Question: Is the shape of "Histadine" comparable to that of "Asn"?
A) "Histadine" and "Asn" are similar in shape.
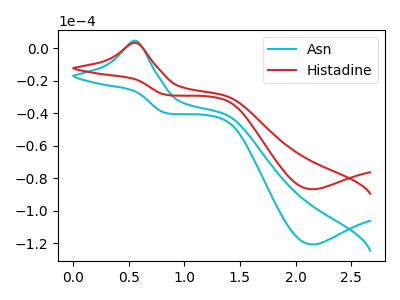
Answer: <think>The cyan curve "Asn" has an anodic peak at (0.55V, 4.55uA) and a cathodic peak at (2.15V, -120.80uA). The red curve "Histadine" has an anodic peak at (0.55V, 3.30uA) and a cathodic peak at (2.15V, -86.85uA).
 All the peaks in "Histadine" have a peak in "Asn" at the same potential. Every peak in "Histadine" is lower than every peak in "Asn".</think>
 <answer>A) "Histadine" and "Asn" are similar in shape.</answer>
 <eval>A</eval>